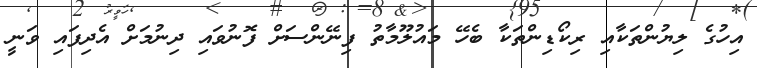
އިހުގެ ލިޔުންތަކާއި ރިކޯޑިންތަކާ ބެހޭ މައުލޫމާތު ފިނޭންސަށް ފޮނުވައި ދިނުމަށް އެދިފައި ވަނީ